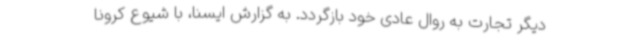
دیگر تجارت به روال عادی خود بازگردد. به گزارش ایسنا، با شیوع کرونا